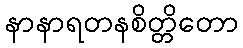
နာနာရတနစိတ္တိတော